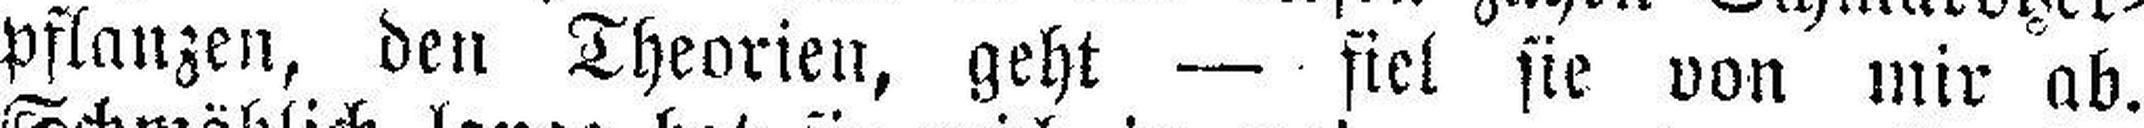
pflanzen, den Theorien, geht — fiel sie von mir ab.